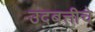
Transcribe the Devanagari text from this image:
उदबत्तीचे